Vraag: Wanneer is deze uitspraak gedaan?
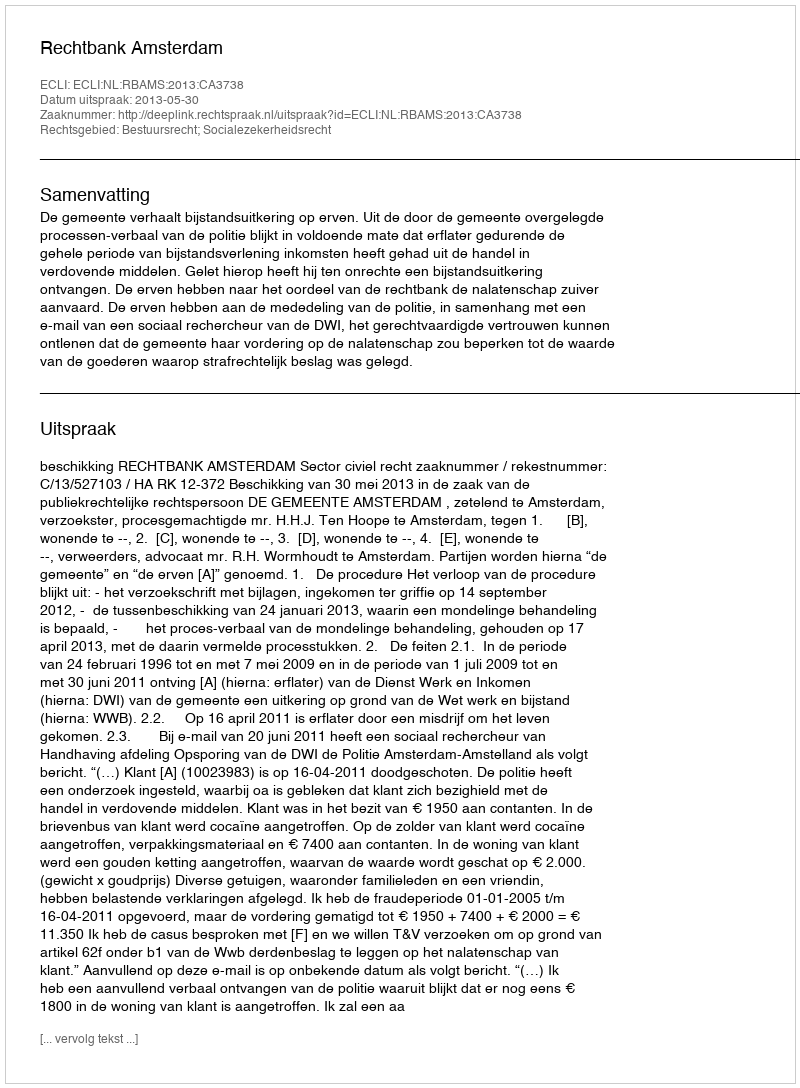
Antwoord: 2013-05-30